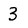
Character: 3